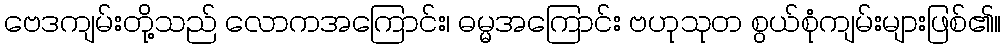
ဗေဒကျမ်းတို့သည် လောကအကြောင်း၊ ဓမ္မအကြောင်း ဗဟုသုတ စွယ်စုံကျမ်းများဖြစ်၏။